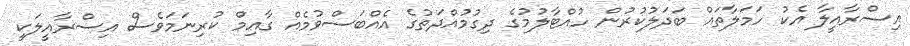
އިސްރާއީލާ އެކު ހަމަލާތައް ބަދަލުކުރުން ހުއްޓާލުމުގެ ދިގުމުއްދަތުގެ އެއްބަސްވުމެއް ގާއިމް ކުރިނަމަވެސް އިސްރާއީލަކީ